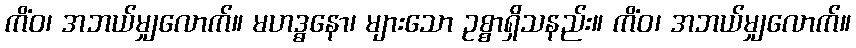
ကိံဝ၊ အဘယ်မျှလောက်။ မဟဒ္ဓနော၊ များသော ဥစ္စာရှိသနည်း။ ကိံဝ၊ အဘယ်မျှလောက်။